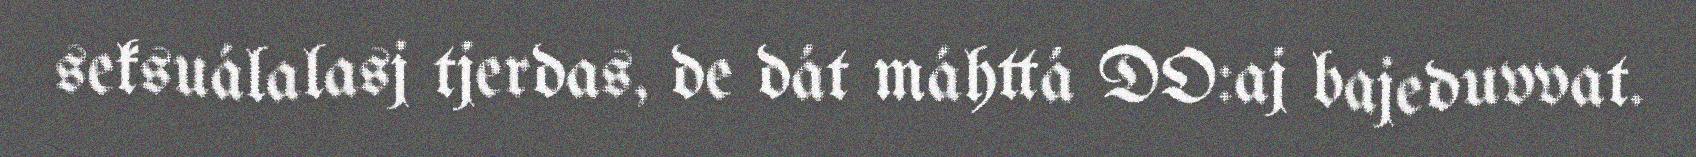
seksuálalasj tjerdas, de dát máhttá DO:aj bajeduvvat.